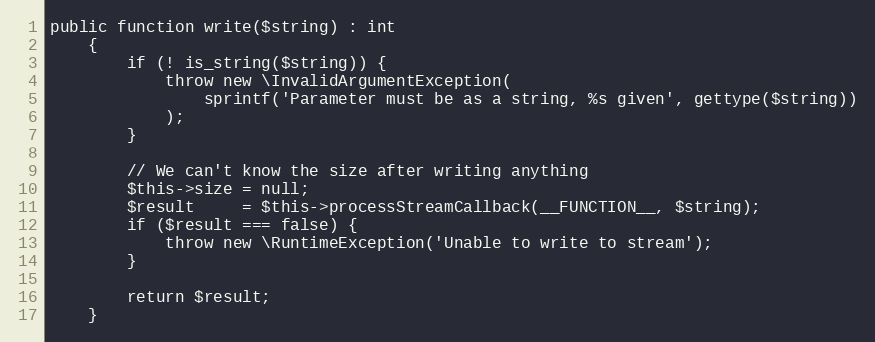
Language: PHP
public function write($string) : int
    {
        if (! is_string($string)) {
            throw new \InvalidArgumentException(
                sprintf('Parameter must be as a string, %s given', gettype($string))
            );
        }

        // We can't know the size after writing anything
        $this->size = null;
        $result     = $this->processStreamCallback(__FUNCTION__, $string);
        if ($result === false) {
            throw new \RuntimeException('Unable to write to stream');
        }

        return $result;
    }